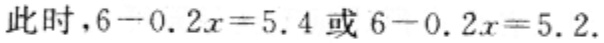
此时，\(6 - 0.2x = 5.4\) 或 \(6 - 0.2x = 5.2\)。